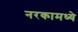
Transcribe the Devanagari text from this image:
नरकामध्ये